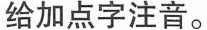
给加点字注音。